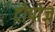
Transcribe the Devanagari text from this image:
टोपोज